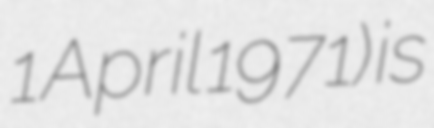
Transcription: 1 April 1971) is